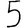
Digit: 5